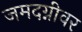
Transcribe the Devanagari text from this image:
जमदग्नीवर